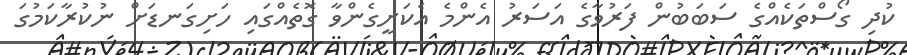
ކުދި ގޯސްތަކެއްގެ ސަބަބުން ފަރުވާގެ އަސަރު އެންމެ އެކަށީގެންވާ ގޮތެއްގައި ހަށިގަނޑަށް ނުކުރާކަމުގަ